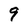
Character: 9